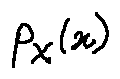
p _ { X } ( x )